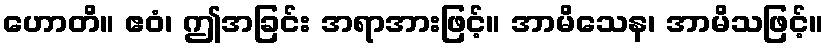
ဟောတိ။ ဧဝံ၊ ဤအခြင်း အရာအားဖြင့်။ အာမိသေန၊ အာမိသဖြင့်။